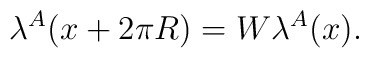
\lambda^A (x + 2 \pi R) = W\lambda^A (x).